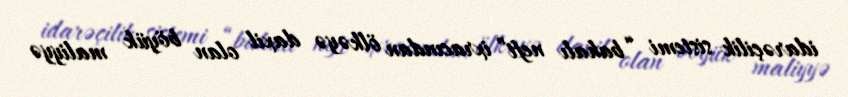
idarəçilik sistemi “bahalı neft” ixracından ölkəyə daxil olan böyük maliyyə